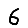
Digit: 6